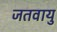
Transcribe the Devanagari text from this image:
जतवायु